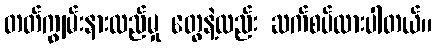
တတ်ကျွမ်းနားလည်မှု တွေနဲ့လည်း ဆက်စပ်ထားပါတယ်။